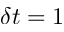
\delta t = 1